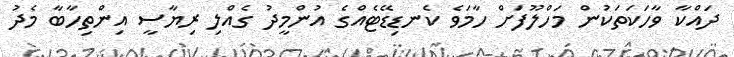
ދައްކާ ވާހަކަތަކުން މަހްލޫފަށް ހާމަވެ ކެނޑިޑޭޓެއްގެ އުންމީދު ގެއްލި ރިޔާސީ އިންތިހާބާ މެދު